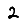
Digit: 2